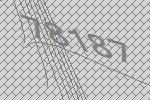
78187